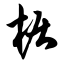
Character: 椐